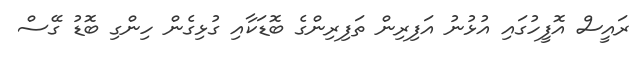
ރައީސް އޮފީހުގައި އުޅުނު އަފިރިން ތަފިރިންގެ ބޮޑަކާއި ގުޅިގެން ހިންގި ބޮޑު ގޭސް